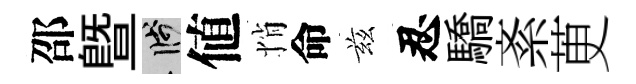
邵曁箋値悄命兹忍驕紊茰